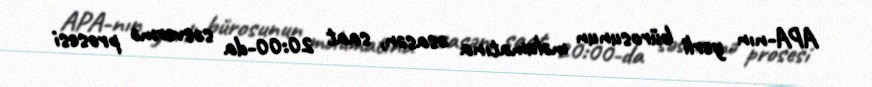
APA-nın yerli bürosunun məlumatına əsasən, saat 20:00-da səsvermə prosesi